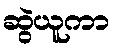
ဆွဲယူကာ